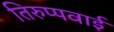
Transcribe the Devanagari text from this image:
तिरुप्पवाई